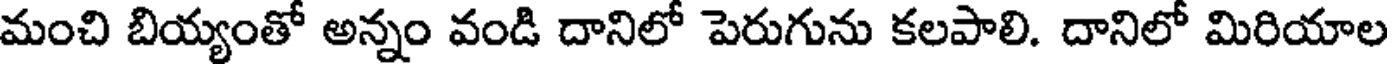
మంచి బియ్యంతో అన్నం వండి దానిలో పెరుగును కలపాలి. దానిలో మిరియాల